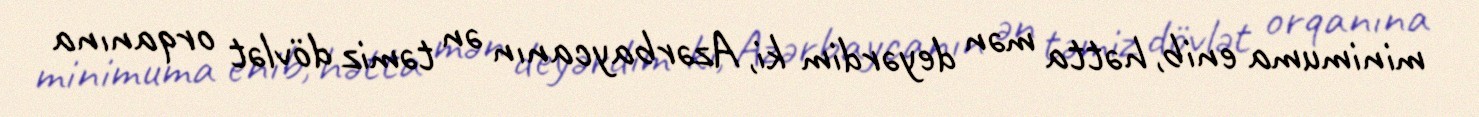
minimuma enib, hətta mən deyərdim ki, Azərbaycanın ən təmiz dövlət orqanına